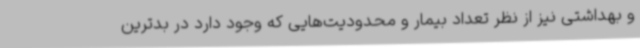
و بهداشتی نیز از نظر تعداد بیمار و محدودیت‌هایی که وجود دارد در بدترین